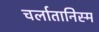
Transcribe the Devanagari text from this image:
चर्लातानिस्म